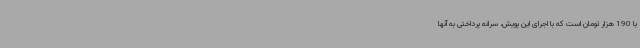
با 190 هزار تومان است که با اجرای این پویش، سرانه پرداختی به آنها